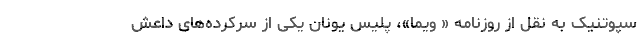
سپوتنیک به نقل از روزنامه « ویما»، پلیس یونان یکی از سرکرده‌های داعش